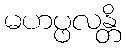
မဟပ္ဖလန္တိ